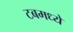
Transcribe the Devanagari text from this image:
टबमध्ये